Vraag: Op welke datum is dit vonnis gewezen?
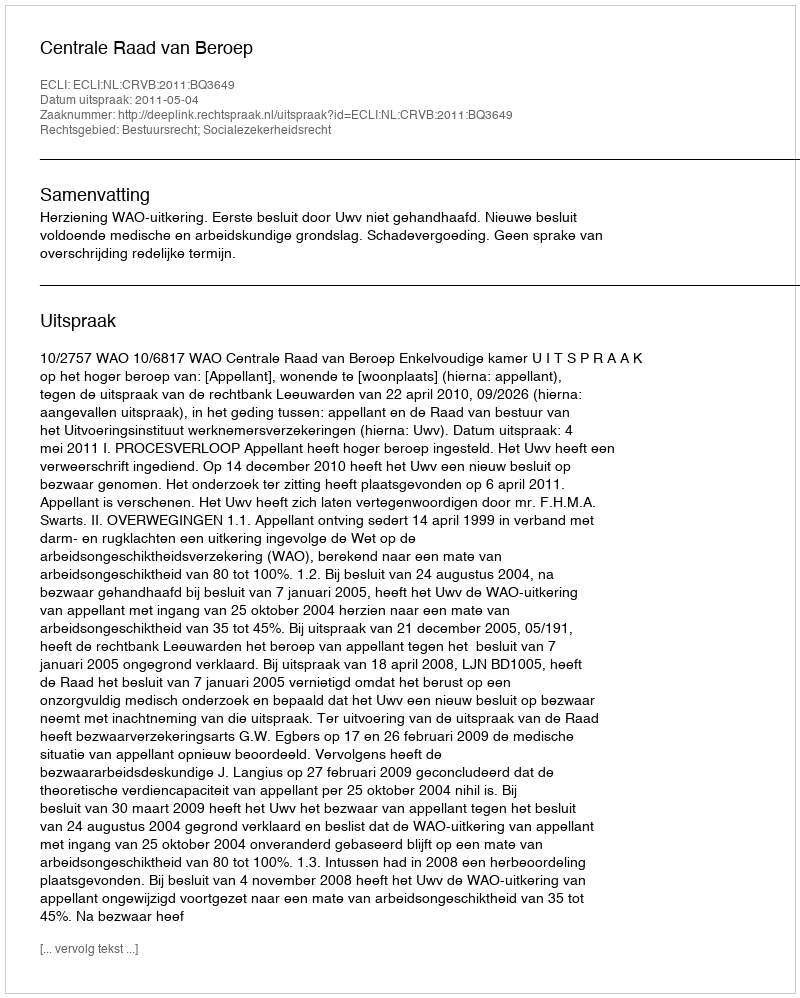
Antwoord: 2011-05-04